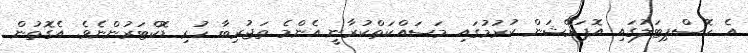
އެ ހޮސްޕިޓަލުގައި އޮޕަރޭޝަން ކުރުމުގައި މަސައްކަތްކުރާނީ އެންމެ ތަޖުރިބާ ހުރި ޑޮކްޓަރުންނެވެ. އެގޮތުން